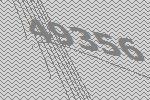
49356